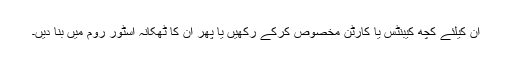
ان کیلئے کچھ کیبنٹس یا کارٹن مخصوص کرکے رکھیں یا پھر ان کا ٹھکانہ اسٹور روم میں بنا دیں۔